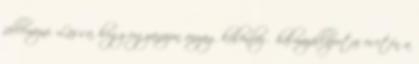
jellemezni. Lássa, hogy ugyanazon anyag különböző halmazállapotai esetén a